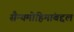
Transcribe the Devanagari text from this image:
सैन्यमोहिमांबद्दल